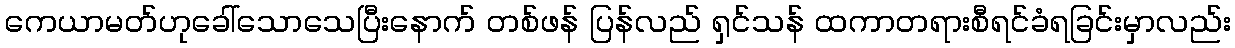
ကေယာမတ်ဟုခေါ်သောသေပြီးနောက် တစ်ဖန် ပြန်လည် ရှင်သန် ထကာတရားစီရင်ခံရခြင်းမှာလည်း